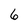
Character: 6